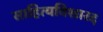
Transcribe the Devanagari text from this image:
साहित्यविशारद